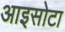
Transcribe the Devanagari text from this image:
आइसोटा